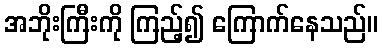
အဘိုးကြီးကို ကြည့်၍ ကြောက်နေသည်။